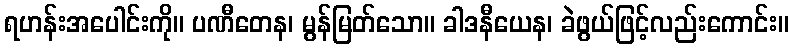
ရဟန်းအပေါင်းကို။ ပဏီတေန၊ မွန်မြတ်သော။ ခါဒနီယေန၊ ခဲဖွယ်ဖြင့်လည်းကောင်း။